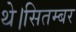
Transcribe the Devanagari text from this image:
थे।सितम्बर